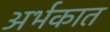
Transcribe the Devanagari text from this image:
अर्भकात